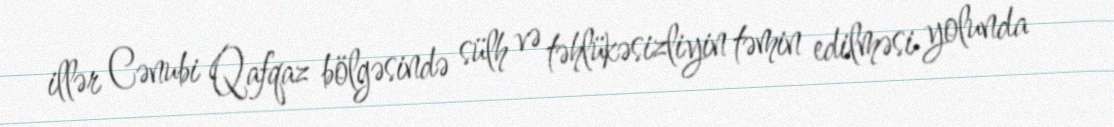
illər Cənubi Qafqaz bölgəsində sülh və təhlükəsizliyin təmin edilməsi yolunda